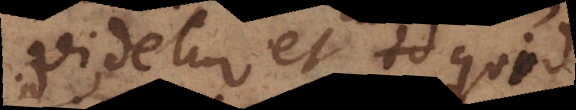
videtur et id quod